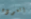
العوده